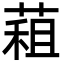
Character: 蒩